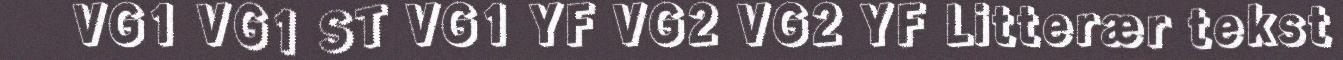
VG1 VG1 ST VG1 YF VG2 VG2 YF Litterær tekst